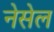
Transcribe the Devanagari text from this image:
नेसेल